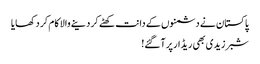
پاکستان نے دشمنوں کے دانت کھٹے کر دینے والا کام کر د کھایا
شبر زیدی بھی ریڈار پر آگئے!